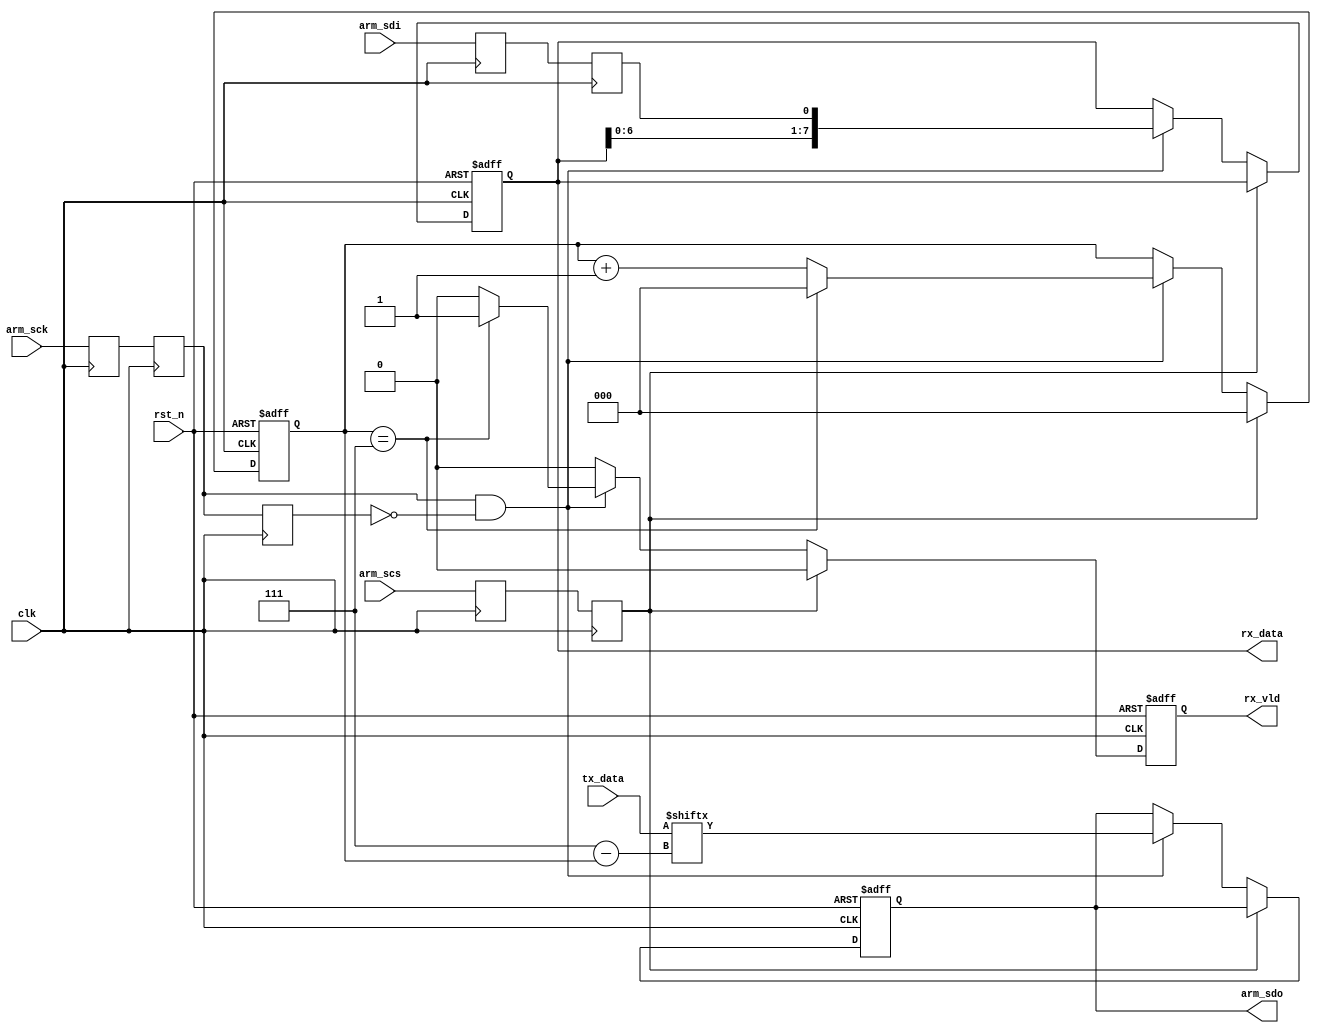
//*****************************************************************************
// COPYRIGHT (c) 2014, Xiamen Tianma Microelectronics Co, Ltd
//
// Module name   :  spi_intf
//
// Version       :  v 1.0
//
// Function      :  SPI rx interface (as slave)
// Called by     :  --
//
// ----------------------------------------------------------------------------
// Revison
// 2014-07-25    :  create file
//*****************************************************************************
module spi_intf (
    input                 clk               ,
    input                 rst_n             ,
    input                 arm_scs           ,
    input                 arm_sck           ,
    input                 arm_sdi           ,
    output reg		        arm_sdo           ,
    output reg            rx_vld            ,
    output reg  [7:0]     rx_data			  ,
	 input		 [7:0]	  tx_data
);

//+++++++++++++++++++++++++++++++++++++++++++++++++++++++++++++++++++++++++++++
// parameters
//+++++++++++++++++++++++++++++++++++++++++++++++++++++++++++++++++++++++++++++

//+++++++++++++++++++++++++++++++++++++++++++++++++++++++++++++++++++++++++++++
// variable declaration
//+++++++++++++++++++++++++++++++++++++++++++++++++++++++++++++++++++++++++++++
reg                             arm_scs_d1                      ;
reg                             arm_scs_d2                      ;
reg                             arm_sck_d1                      ;
reg                             arm_sck_d2                      ;
reg                             arm_sck_d3                      ;
reg                             arm_sdi_d1                      ;
reg                             arm_sdi_d2                      ;

wire                            rflag_arm_sck                   ;

reg     [2:0]                   cnt_rx_bit                      ;
//+++++++++++++++++++++++++++++++++++++++++++++++++++++++++++++++++++++++++++++
// continuous assignment
//+++++++++++++++++++++++++++++++++++++++++++++++++++++++++++++++++++++++++++++
assign rflag_arm_sck = (arm_sck_d2 == 1'b1) && (arm_sck_d3 == 1'b0);

//+++++++++++++++++++++++++++++++++++++++++++++++++++++++++++++++++++++++++++++
// block statement
//+++++++++++++++++++++++++++++++++++++++++++++++++++++++++++++++++++++++++++++
always @(posedge clk)
begin
    arm_scs_d1 <= arm_scs;
    arm_scs_d2 <= arm_scs_d1;
    arm_sck_d1 <= arm_sck;
    arm_sck_d2 <= arm_sck_d1;
    arm_sck_d3 <= arm_sck_d2;
    arm_sdi_d1 <= arm_sdi;
    arm_sdi_d2 <= arm_sdi_d1;
end

always @(posedge clk or negedge rst_n)
begin
    if (rst_n == 1'b0)
    begin
        rx_vld <= 1'b0;
        rx_data <= 8'b0;
        cnt_rx_bit <= 3'b0;
		  arm_sdo <= 1'b0;
    end
    else
    begin
        if (arm_scs_d2 == 1'b0)
        begin
            if (rflag_arm_sck == 1'b1)  //sample data at rising edge of arm_sck
            begin
                rx_data <= {rx_data[6:0], arm_sdi_d2};
					 arm_sdo <= tx_data[3'd7 - cnt_rx_bit];
                if (cnt_rx_bit == 3'b111)  //has received 8 bits
                begin
                    rx_vld <= 1'b1;
                    cnt_rx_bit <= 3'b0;
                end
                else
                begin
                    rx_vld <= 1'b0;
                    cnt_rx_bit <= cnt_rx_bit + 3'b1;
                end
            end
            else
            begin
                rx_vld <= 1'b0;
            end
        end
        else
        begin
            rx_vld <= 1'b0;
            cnt_rx_bit <= 3'b0;
        end
    end
end

endmodule